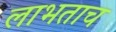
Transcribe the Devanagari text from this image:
लाभताच